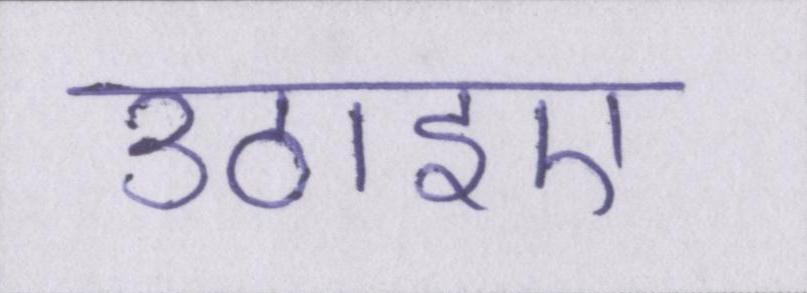
उठाइए